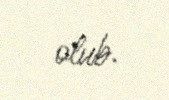
olub.